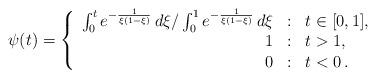
LaTeX: \begin{align*} \psi(t) = \left\{\begin{array}{rcl} \int_0^t e^{-\frac{1}{\xi(1-\xi)}}\,d\xi / \int_0^1 e^{-\frac{1}{\xi(1-\xi)}} \,d\xi &:& t\in [0,1],\\ 1&:& t>1,\\ 0&:& t<0\,. \end{array}\right.\end{align*}